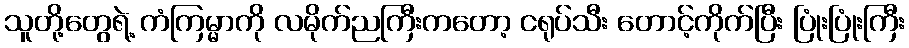
သူတို့တွေရဲ့ ကံကြမ္မာကို လမိုက်ညကြီးကတော့ ငရုပ်သီး တောင့်ကိုက်ပြီး ပြုံးပြုံးကြီး